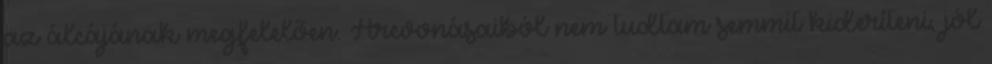
az álcájának megfelelően. Arcvonásaiból nem tudtam semmit kideríteni, jól